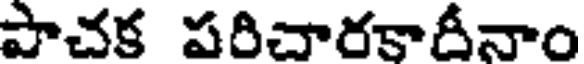
పాచక పరిచారకాదీనాం